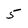
Character: 5